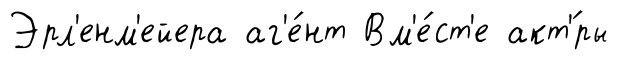
Эрл'енм'ейера аг'е́нт Вм'е́ст'е акт'́ры